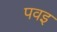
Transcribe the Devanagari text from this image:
पवइ